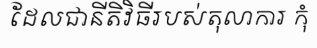
ដែលជានីតិវិធីរបស់តុលាការ កុំ